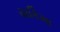
યાકિમા